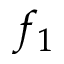
f _ { 1 }